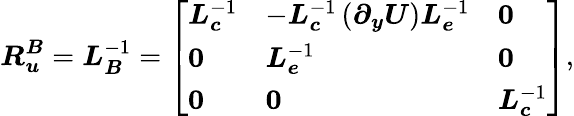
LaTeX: \boldsymbol{R_{u}^{B}}=\boldsymbol{L}_{\boldsymbol{B}}^{-1}=\left[\begin{array}{lll}{\boldsymbol{L}_{\boldsymbol{c}}^{-1}}&{-\boldsymbol{L}_{\boldsymbol{c}}^{-1}\left(\boldsymbol{\partial_{y}U}\right)\boldsymbol{L}_{\boldsymbol{e}}^{-1}}&{\boldsymbol{0}}\\ {\boldsymbol{0}}&{\boldsymbol{L}_{\boldsymbol{e}}^{-1}}&{\boldsymbol{0}}\\ {\boldsymbol{0}}&{\boldsymbol{0}}&{\boldsymbol{L}_{\boldsymbol{c}}^{-1}}\end{array}\right],